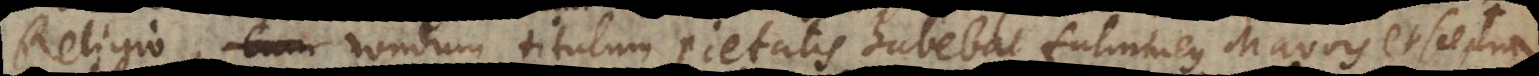
Religio, nondum titulum pietatis habebat fulmineus Mavors et sceptr